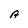
Character: A